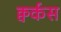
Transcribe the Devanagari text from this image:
क्वर्कस